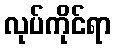
လုပ်ကိုင်ရာ